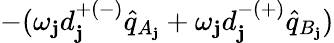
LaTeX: -(\omega_{\mathbf{j}}d_{\mathbf{j}}^{+(-)}\hat{{q}}_{A_{\mathbf{j}}}+\omega_{\mathbf{j}}d_{\mathbf{j}}^{-(+)}\hat{{q}}_{B_{\mathbf{j}}})